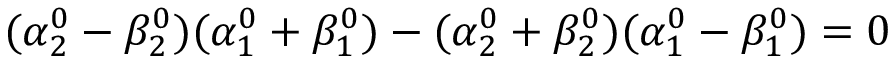
( \alpha _ { 2 } ^ { 0 } - \beta _ { 2 } ^ { 0 } ) ( \alpha _ { 1 } ^ { 0 } + \beta _ { 1 } ^ { 0 } ) - ( \alpha _ { 2 } ^ { 0 } + \beta _ { 2 } ^ { 0 } ) ( \alpha _ { 1 } ^ { 0 } - \beta _ { 1 } ^ { 0 } ) = 0